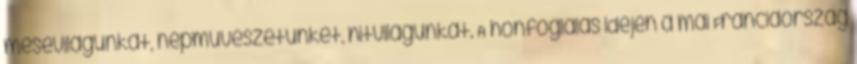
mesevilágunkat, népművészetünket, hitvilágunkat. A honfoglalás idején a mai Franciaország